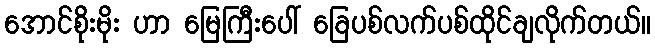
အောင်စိုးမိုး ဟာ မြေကြီးပေါ် ခြေပစ်လက်ပစ်ထိုင်ချလိုက်တယ်။